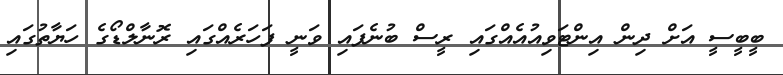
ބީބީސީ އަށް ދިން އިންޓަވިއުއެއްގައި ރީސް ބުނެފައި ވަނީ ފަހަރެއްގައި ރޮނާލްޑޯގެ ހަޔާތުގައި